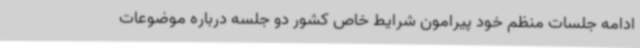
ادامه جلسات منظم خود پیرامون شرایط خاص کشور دو جلسه درباره موضوعات